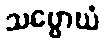
သဗ္ဗောဃံ